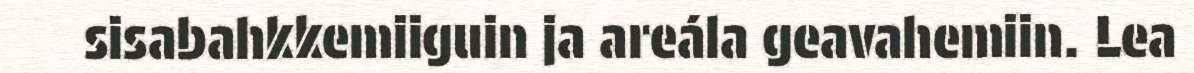
sisabahkkemiiguin ja areála geavahemiin. Lea